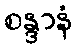
စန္ဒာနံ